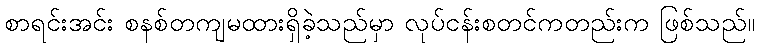
စာရင်းအင်း စနစ်တကျမထားရှိခဲ့သည်မှာ လုပ်ငန်းစတင်ကတည်းက ဖြစ်သည်။